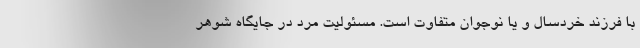
با فرزند خردسال و یا نوجوان متفاوت است. مسئولیت مرد در جایگاه شوهر